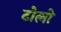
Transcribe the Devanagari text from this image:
टोलो